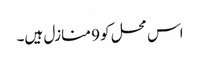
اس محل کو 9 منازل ہیں۔